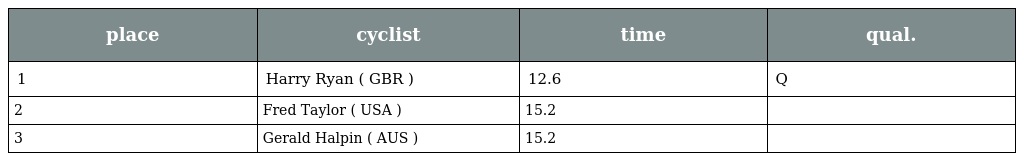
| place | cyclist | time | qual. |
 | --- | --- | --- | --- |
 | 1 | Harry Ryan ( GBR ) | 12.6 | Q |
 | 2 | Fred Taylor ( USA ) | 15.2 |  |
 | 3 | Gerald Halpin ( AUS ) | 15.2 |  |